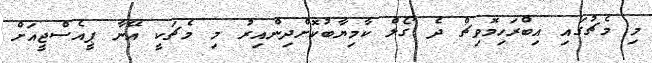
މި މެޗުގައި އިބްރަހިމޮވިޗް ދެ ގޯލް ކާމިޔާބުކޮށްދިންއިރު މި މެޗަކީ އޭނާ ޕީއެސްޖީއަށް